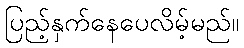
ပြည့်နှက်နေပေလိမ့်မည်။